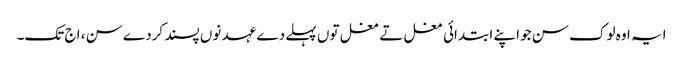
ایہ اوہ لوک سن جو اپنے ابتدائی مغل تے مغل تو‏ں پہلے دے عہد نو‏‏ں پسند کردے سن ، اج تک۔